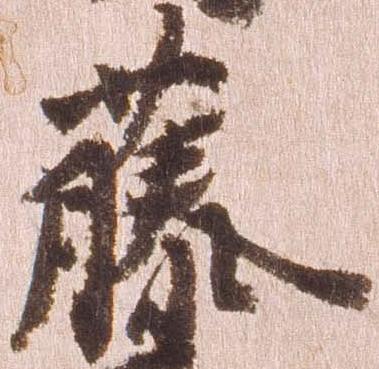
藤